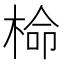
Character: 椧